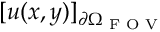
[ u ( x , y ) ] _ { \partial \Omega _ { \textrm { F O V } } }